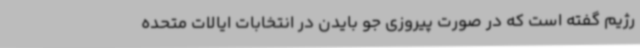
رژیم گفته است که در صورت پیروزی جو بایدن در انتخابات ایالات متحده